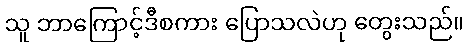
သူ ဘာကြောင့်ဒီစကား ပြောသလဲဟု တွေးသည်။